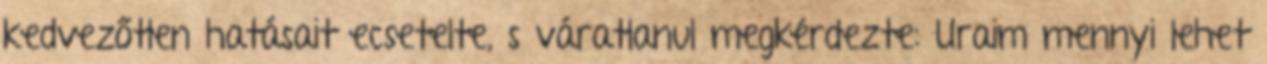
kedvezőtlen hatásait ecsetelte, s váratlanul megkérdezte: Uraim mennyi lehet